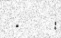
-       :